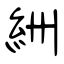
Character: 絒